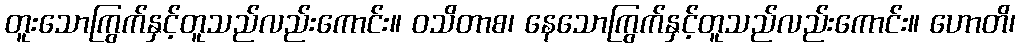
တူးသောကြွက်နှင့်တူသည်လည်းကောင်း။ ဝသိတာစ၊ နေသောကြွက်နှင့်တူသည်လည်းကောင်း။ ဟောတိ၊